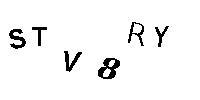
STV8RY